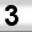
Digit: 3